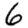
Digit: 6